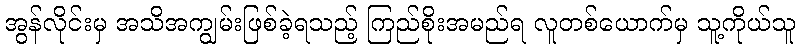
အွန်လိုင်းမှ အသိအကျွမ်းဖြစ်ခဲ့ရသည့် ကြည်စိုးအမည်ရ လူတစ်ယောက်မှ သူ့ကိုယ်သူ